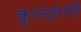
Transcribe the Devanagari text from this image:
कुलक्षणी